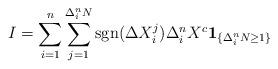
LaTeX: \begin{align*}I &= \sum_{i=1}^n \sum_{j=1}^{\Delta^n_i N} \mathrm{sgn}(\Delta X^j_i) \Delta^n_{i} X^c {\bf 1}_{\{\Delta_i^n N \geq 1\}} \end{align*}